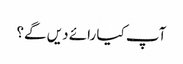
آپ کیا رائے دیں گے؟